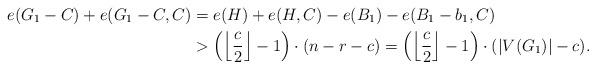
LaTeX: \begin{align*}e(G_1-C)+e(G_1-C,C)&=e(H)+e(H,C)-e(B_1)-e(B_1-b_1, C)\\&>\left(\left\lfloor\frac{c}{2}\right\rfloor-1\right)\cdot (n-r-c)=\left(\left\lfloor\frac{c}{2}\right\rfloor-1\right)\cdot (|V(G_1)|-c).\end{align*}